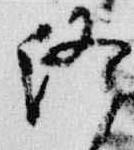
終